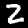
Digit: 2